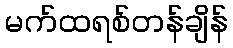
မက်ထရစ်တန်ချိန်